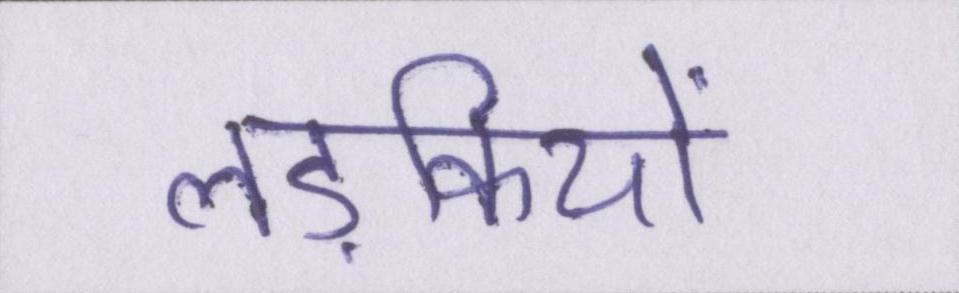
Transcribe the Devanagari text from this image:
लड़कियों